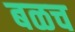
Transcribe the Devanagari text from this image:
बळच